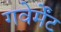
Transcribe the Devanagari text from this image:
गवेर्मेंट